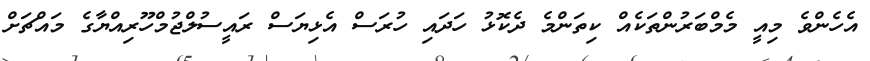
އެހެންވެ މިއީ މެމްބަރުންތަކެއް ކިތަންމެ ދެކޮޅު ހަދައި ހުރަސް އެޅިޔަސް ރައީސުލްޖުމްހޫރިއްޔާގެ މައްޗަށް